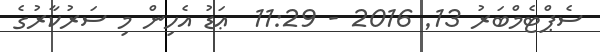
ސެޕްޓެމްބަރު 13